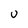
Character: U